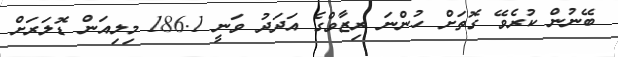
ބޭނުން ކުރެވޭ ގޮތަށް ހުންނަ ރިޒާވްގެ އަދަދު ވަނީ 186.1 މިލިއަން ޑޮލަރަށް